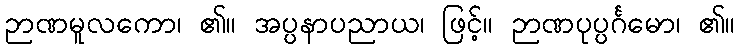
ဉာဏမူလကော၊ ၏။ အပ္ပနာပညာယ၊ ဖြင့်။ ဉာဏပုပ္ပင်္ဂမော၊ ၏။